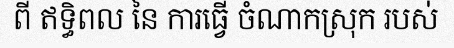
ពី ឥទ្ធិពល នៃ ការធ្វើ ចំណាកស្រុក របស់